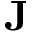
\mathbf { J }